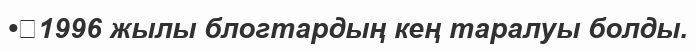
•	1996 жылы блогтардың кең таралуы болды.